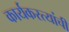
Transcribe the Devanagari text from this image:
कार्यकरत्यांची